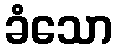
ခံသော